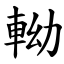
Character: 軪